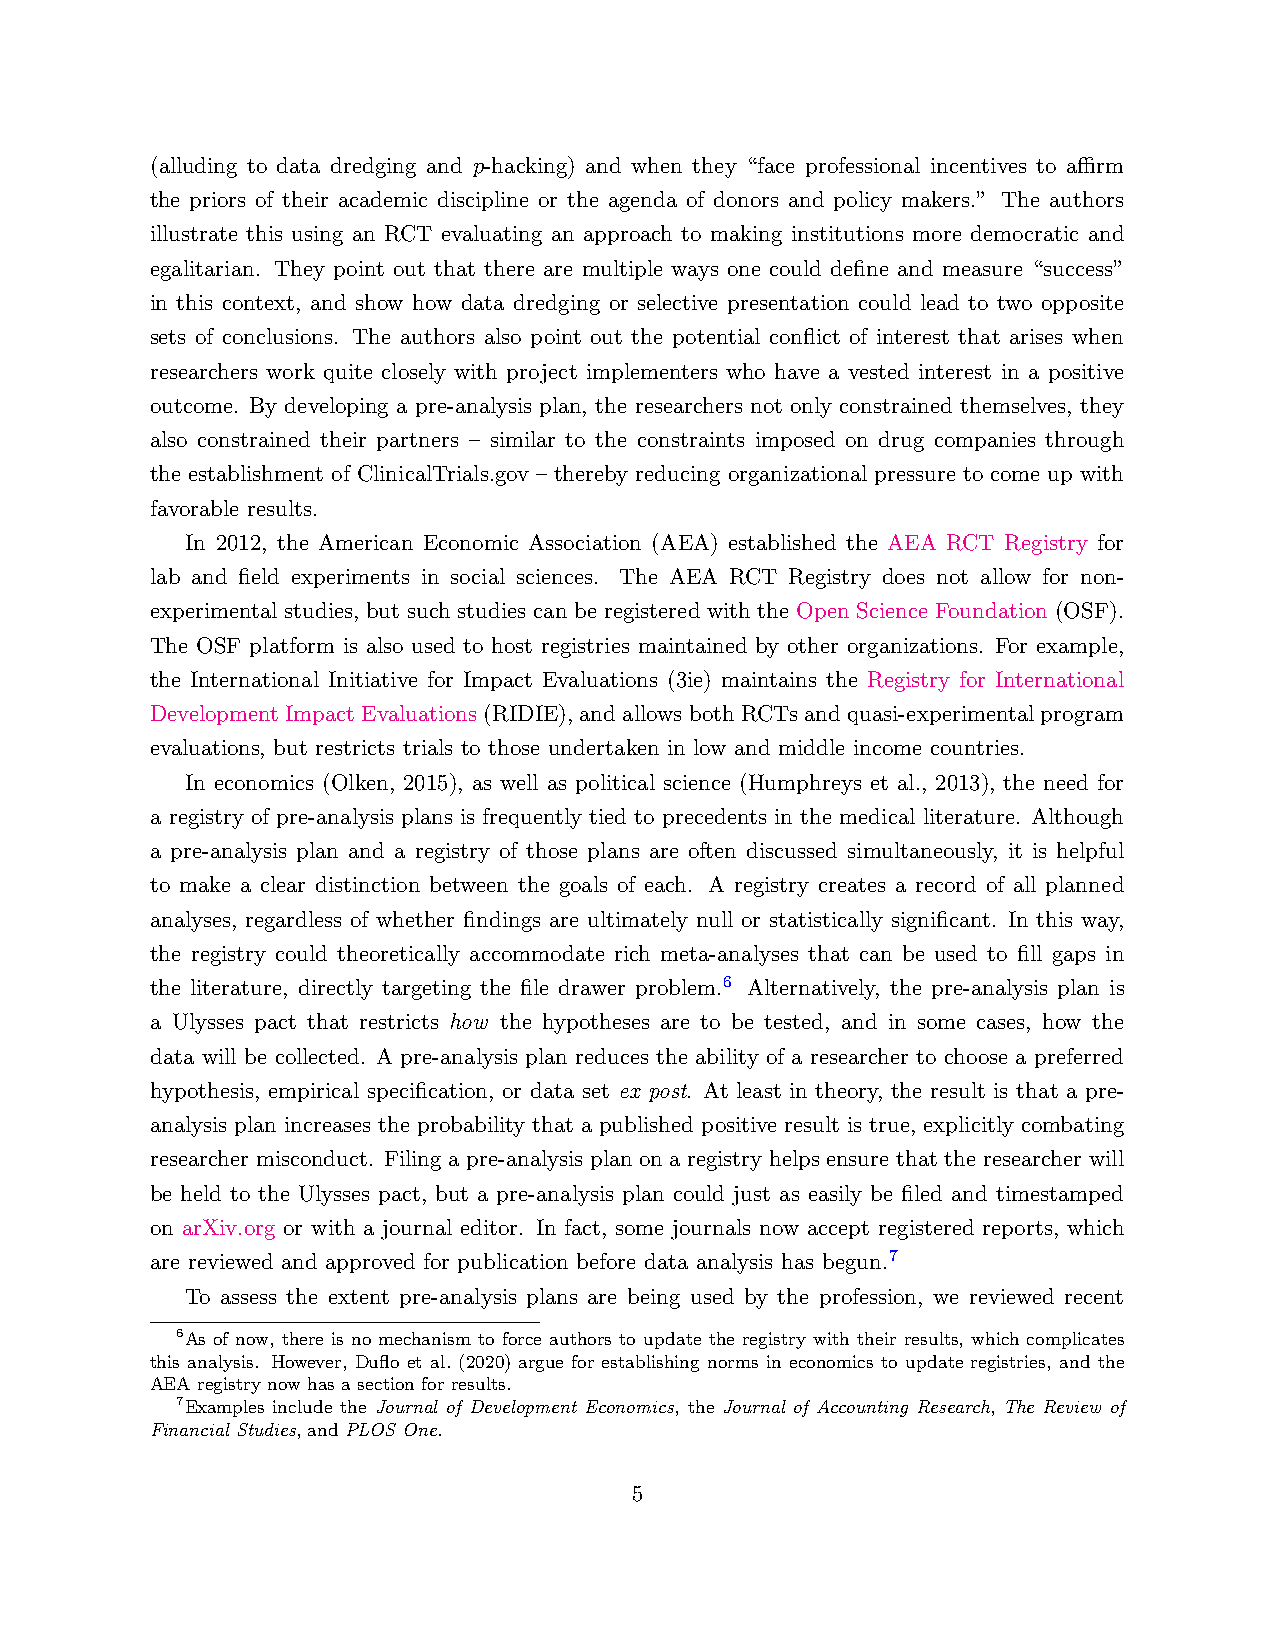
(alluding to data dredging and p-hacking) and when they “face professional incentives to affirm
 the priors of their academic discipline or the agenda of donors and policy makers.” The authors
 illustrate this using an RCT evaluating an approach to making institutions more democratic and
 egalitarian. They point out that there are multiple ways one could define and measure “success”
 in this context, and show how data dredging or selective presentation could lead to two opposite
 sets of conclusions. The authors also point out the potential conflict of interest that arises when
 researchers work quite closely with project implementers who have a vested interest in a positive
 outcome. By developing a pre-analysis plan, the researchers not only constrained themselves, they
 also constrained their partners – similar to the constraints imposed on drug companies through
 the establishment of ClinicalTrials.gov – thereby reducing organizational pressure to come up with
 favorable results.
 In 2012, the American Economic Association (AEA) established the AEA RCT Registry for
 lab and field experiments in social sciences. The AEA RCT Registry does not allow for non-
 experimental studies, but such studies can be registered with the Open Science Foundation (OSF).
 The OSF platform is also used to host registries maintained by other organizations. For example,
 the International Initiative for Impact Evaluations (3ie) maintains the Registry for International
 DevelopmentImpactEvaluations(RIDIE),andallowsbothRCTsandquasi-experimentalprogram
 evaluations, but restricts trials to those undertaken in low and middle income countries.
 In economics (Olken, 2015), as well as political science (Humphreys et al., 2013), the need for
 a registry of pre-analysis plans is frequently tied to precedents in the medical literature. Although
 a pre-analysis plan and a registry of those plans are often discussed simultaneously, it is helpful
 to make a clear distinction between the goals of each. A registry creates a record of all planned
 analyses, regardless of whether findings are ultimately null or statistically significant. In this way,
 the registry could theoretically accommodate rich meta-analyses that can be used to fill gaps in
 the literature, directly targeting the file drawer problem.6 Alternatively, the pre-analysis plan is
 a Ulysses pact that restricts how the hypotheses are to be tested, and in some cases, how the
 data will be collected. A pre-analysis plan reduces the ability of a researcher to choose a preferred
 hypothesis, empirical specification, or data set ex post. At least in theory, the result is that a pre-
 analysis plan increases the probability that a published positive result is true, explicitly combating
 researcher misconduct. Filing a pre-analysis plan on a registry helps ensure that the researcher will
 be held to the Ulysses pact, but a pre-analysis plan could just as easily be filed and timestamped
 on arXiv.org or with a journal editor. In fact, some journals now accept registered reports, which
 are reviewed and approved for publication before data analysis has begun.7
 To assess the extent pre-analysis plans are being used by the profession, we reviewed recent
 6As of now, there is no mechanism to force authors to update the registry with their results, which complicates
 this analysis. However, Duflo et al. (2020) argue for establishing norms in economics to update registries, and the
 AEA registry now has a section for results.
 7Examples include the Journal of Development Economics, the Journal of Accounting Research, The Review of
 Financial Studies, and PLOS One.
 5